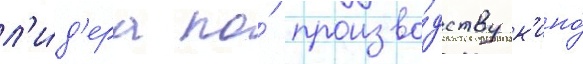
л'и́д'ера по́ произво́дству к'ино́